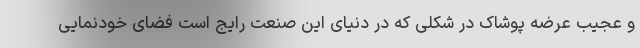
و عجیب عرضه پوشاک در شکلی که در دنیای این صنعت رایج است فضای خودنمایی